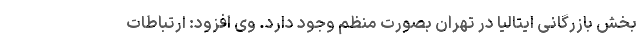
بخش بازرگانی ایتالیا در تهران بصورت منظم وجود دارد. وی افزود: ارتباطات